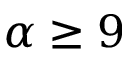
\alpha \geq 9